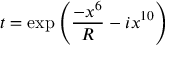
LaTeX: t = \exp { \left( \frac { - x ^ { 6 } } { R } - i x ^ { 1 0 } \right) }